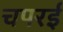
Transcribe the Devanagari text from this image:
चपरई